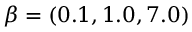
\beta = ( 0 . 1 , 1 . 0 , 7 . 0 )